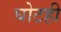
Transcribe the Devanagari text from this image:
घोटही